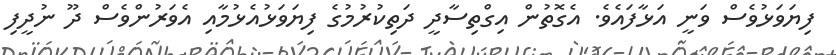
ފިޔަވަޅުވެސް ވަނީ އަޅާފައެވެ. އެގޮތުން އިގްތިސާދީ ދަތިކުރުމުގެ ފިޔަވަޅުއެޅުމާއި އެވަރުންވެސް ދޫ ނުދީފި